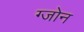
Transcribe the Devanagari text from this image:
ग्जोन